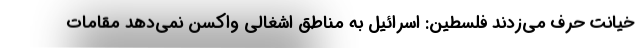
خیانت حرف می‌زدند فلسطین: اسرائیل به مناطق اشغالی واکسن نمی‌دهد مقامات